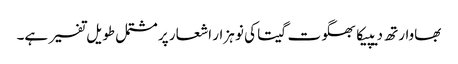
بھاوارتھ دیپیکا بھگوت گیتا کی نو ہزار اشعار پر مشتمل طویل تفسیر ہے۔